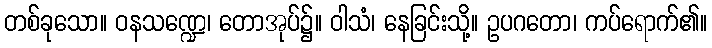
တစ်ခုသော။ ဝနသဏ္ဍေ၊ တောအုပ်၌။ ဝါသံ၊ နေခြင်းသို့။ ဥပဂတော၊ ကပ်ရောက်၏။